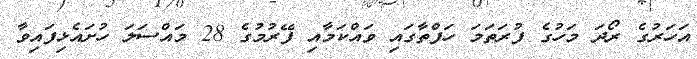
އަހަރުގެ ރޯދަ މަހުގެ ފުރަތަމަ ހަފްތާގައި ވައްކަމާއި ފޭރުމުގެ 28 މައްސަލަ ހުށައެޅިފައިވާ